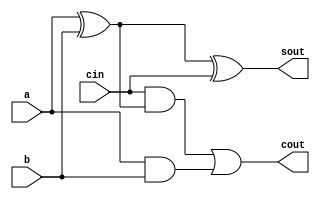
`timescale 1ns / 1ps

module fulladder_d(
    input a,b,cin,
    output sout,cout
    );
    
    assign sout = a^b^cin;
    assign cout = cin&(a^b)|(a&b); 
endmodule